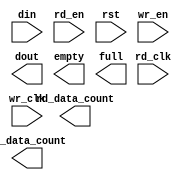
module fifo_xlnx_512x36_2clk(
	din,
	rd_clk,
	rd_en,
	rst,
	wr_clk,
	wr_en,
	dout,
	empty,
	full,
	rd_data_count,
	wr_data_count);


input [35 : 0] din;
input rd_clk;
input rd_en;
input rst;
input wr_clk;
input wr_en;
output [35 : 0] dout;
output empty;
output full;
output [9 : 0] rd_data_count;
output [9 : 0] wr_data_count;

// synthesis translate_off

      FIFO_GENERATOR_V4_3 #(
		.C_COMMON_CLOCK(0),
		.C_COUNT_TYPE(0),
		.C_DATA_COUNT_WIDTH(10),
		.C_DEFAULT_VALUE("BlankString"),
		.C_DIN_WIDTH(36),
		.C_DOUT_RST_VAL("0"),
		.C_DOUT_WIDTH(36),
		.C_ENABLE_RLOCS(0),
		.C_FAMILY("spartan3"),
		.C_FULL_FLAGS_RST_VAL(1),
		.C_HAS_ALMOST_EMPTY(0),
		.C_HAS_ALMOST_FULL(0),
		.C_HAS_BACKUP(0),
		.C_HAS_DATA_COUNT(0),
		.C_HAS_INT_CLK(0),
		.C_HAS_MEMINIT_FILE(0),
		.C_HAS_OVERFLOW(0),
		.C_HAS_RD_DATA_COUNT(1),
		.C_HAS_RD_RST(0),
		.C_HAS_RST(1),
		.C_HAS_SRST(0),
		.C_HAS_UNDERFLOW(0),
		.C_HAS_VALID(0),
		.C_HAS_WR_ACK(0),
		.C_HAS_WR_DATA_COUNT(1),
		.C_HAS_WR_RST(0),
		.C_IMPLEMENTATION_TYPE(2),
		.C_INIT_WR_PNTR_VAL(0),
		.C_MEMORY_TYPE(1),
		.C_MIF_FILE_NAME("BlankString"),
		.C_MSGON_VAL(1),
		.C_OPTIMIZATION_MODE(0),
		.C_OVERFLOW_LOW(0),
		.C_PRELOAD_LATENCY(0),
		.C_PRELOAD_REGS(1),
		.C_PRIM_FIFO_TYPE("512x36"),
		.C_PROG_EMPTY_THRESH_ASSERT_VAL(4),
		.C_PROG_EMPTY_THRESH_NEGATE_VAL(5),
		.C_PROG_EMPTY_TYPE(0),
		.C_PROG_FULL_THRESH_ASSERT_VAL(511),
		.C_PROG_FULL_THRESH_NEGATE_VAL(510),
		.C_PROG_FULL_TYPE(0),
		.C_RD_DATA_COUNT_WIDTH(10),
		.C_RD_DEPTH(512),
		.C_RD_FREQ(1),
		.C_RD_PNTR_WIDTH(9),
		.C_UNDERFLOW_LOW(0),
		.C_USE_DOUT_RST(1),
		.C_USE_ECC(0),
		.C_USE_EMBEDDED_REG(0),
		.C_USE_FIFO16_FLAGS(0),
		.C_USE_FWFT_DATA_COUNT(1),
		.C_VALID_LOW(0),
		.C_WR_ACK_LOW(0),
		.C_WR_DATA_COUNT_WIDTH(10),
		.C_WR_DEPTH(512),
		.C_WR_FREQ(1),
		.C_WR_PNTR_WIDTH(9),
		.C_WR_RESPONSE_LATENCY(1))
	inst (
		.DIN(din),
		.RD_CLK(rd_clk),
		.RD_EN(rd_en),
		.RST(rst),
		.WR_CLK(wr_clk),
		.WR_EN(wr_en),
		.DOUT(dout),
		.EMPTY(empty),
		.FULL(full),
		.RD_DATA_COUNT(rd_data_count),
		.WR_DATA_COUNT(wr_data_count),
		.CLK(),
		.INT_CLK(),
		.BACKUP(),
		.BACKUP_MARKER(),
		.PROG_EMPTY_THRESH(),
		.PROG_EMPTY_THRESH_ASSERT(),
		.PROG_EMPTY_THRESH_NEGATE(),
		.PROG_FULL_THRESH(),
		.PROG_FULL_THRESH_ASSERT(),
		.PROG_FULL_THRESH_NEGATE(),
		.RD_RST(),
		.SRST(),
		.WR_RST(),
		.ALMOST_EMPTY(),
		.ALMOST_FULL(),
		.DATA_COUNT(),
		.OVERFLOW(),
		.PROG_EMPTY(),
		.PROG_FULL(),
		.VALID(),
		.UNDERFLOW(),
		.WR_ACK(),
		.SBITERR(),
		.DBITERR());


// synthesis translate_on

endmodule